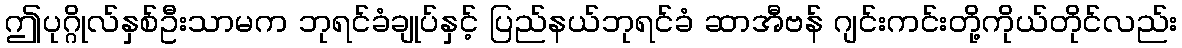
ဤပုဂ္ဂိုလ်နှစ်ဦးသာမက ဘုရင်ခံချုပ်နှင့် ပြည်နယ်ဘုရင်ခံ ဆာအီဗန် ဂျင်းကင်းတို့ကိုယ်တိုင်လည်း